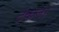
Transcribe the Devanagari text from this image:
टंकला